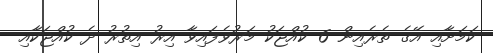
ކަމަށާއި އޭގެ ތެރެއިން 6 ކުއްޖަކު މަރުވެފައިވާ އިރު އިތުރު ދެ ކުއްޖަކާއި